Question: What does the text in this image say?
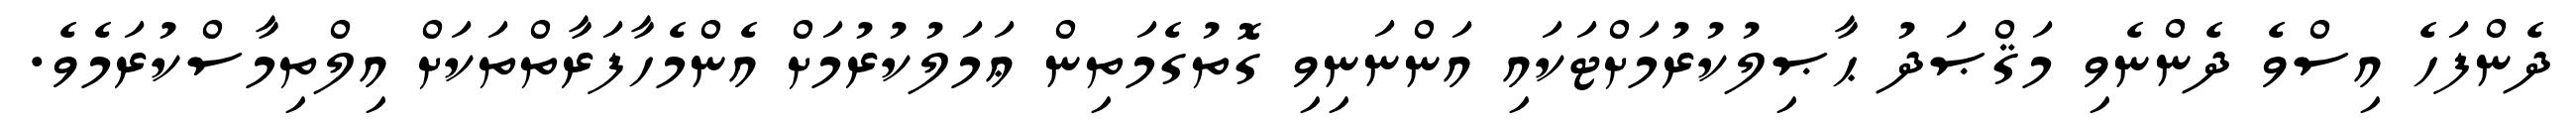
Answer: ދެންފަހެ އިސްވެ ދެންނެވި މަޤްޞަދު ޙާޞިލުކުރުމަށްޓަކައި އަންނަނިވި ގޮތުގެމަތިން ޢަމަލުކުރުމަށް އެންމެހާފަރާތްތަކަށް އިލްތިމާސްކުރަމެވެ.